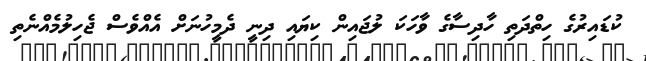
ކުޑައިރުގެ ހިތްދަތި ހާދިސާގެ ވާހަކަ ލުޖައިން ކިޔައި ދިނީ ދެމީހުނަށް އެއްވެސް ޖެހިލުމެއްނެތި